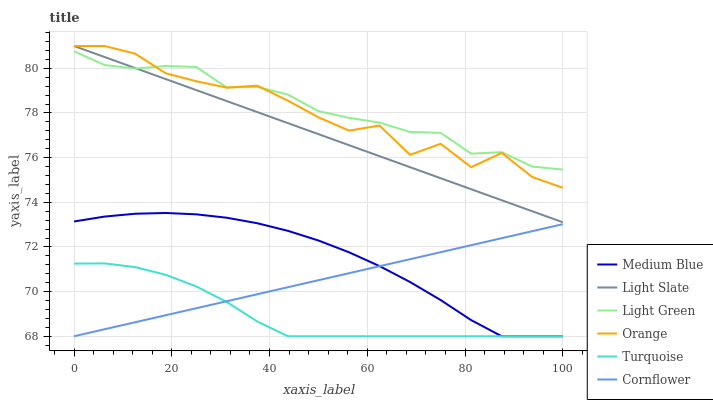
| xaxis_label | Medium Blue | Light Slate | Light Green | Orange | Turquoise | Cornflower |
 | --- | --- | --- | --- | --- | --- | --- |
 | 0 | 73.1 | 81 | 80.8 | 81 | 71.3 | 68 |
 | 6.25 | 73.4 | 80.5 | 80.1 | 81 | 71.3 | 68.3 |
 | 12.5 | 73.5 | 80 | 80 | 80.7 | 71.1 | 68.6 |
 | 18.8 | 73.5 | 79.5 | 80.1 | 79.8 | 70.8 | 68.9 |
 | 25 | 73.5 | 79 | 80.1 | 79.4 | 70.2 | 69.3 |
 | 31.2 | 73.3 | 78.5 | 79.1 | 79.1 | 69.5 | 69.6 |
 | 37.5 | 73.1 | 78 | 79.2 | 79.2 | 68.7 | 69.9 |
 | 43.8 | 72.7 | 77.5 | 78.8 | 78.6 | 68 | 70.2 |
 | 50 | 72.3 | 77.1 | 78.1 | 77.8 | 68 | 70.5 |
 | 56.2 | 71.8 | 76.6 | 77.8 | 77.2 | 68 | 70.8 |
 | 62.5 | 71.1 | 76.1 | 77.6 | 77.4 | 68 | 71.1 |
 | 68.8 | 70.4 | 75.6 | 77.2 | 76.1 | 68 | 71.5 |
 | 75 | 69.6 | 75.1 | 77.1 | 76.6 | 68 | 71.8 |
 | 81.2 | 68.7 | 74.6 | 76.2 | 75.6 | 68 | 72.1 |
 | 87.5 | 68 | 74.1 | 76.2 | 76.2 | 68 | 72.4 |
 | 93.8 | 68 | 73.6 | 75.6 | 75.1 | 68 | 72.7 |
 | 100 | 68 | 73.1 | 75.5 | 74.6 | 68 | 73 |